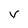
Character: V